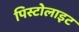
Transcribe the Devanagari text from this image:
पिस्टोलाइट